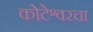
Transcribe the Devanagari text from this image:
कोटेश्वरचा